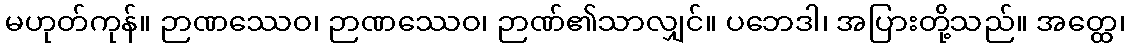
မဟုတ်ကုန်။ ဉာဏဿေဝ၊ ဉာဏဿေဝ၊ ဉာဏ်၏သာလျှင်။ ပဘေဒါ၊ အပြားတို့သည်။ အတ္ထေ၊